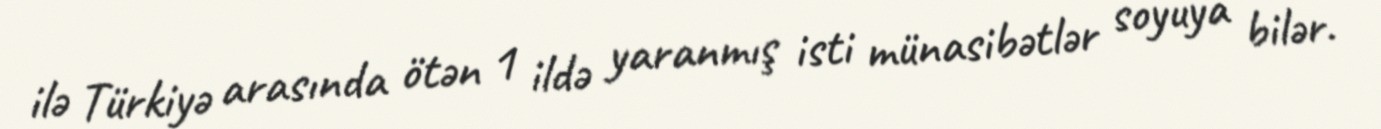
ilə Türkiyə arasında ötən 1 ildə yaranmış isti münasibətlər soyuya bilər.